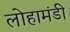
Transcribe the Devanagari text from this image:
लोहामंडी